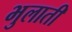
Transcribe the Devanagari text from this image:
भुलाती